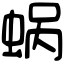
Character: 蜗